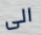
الى